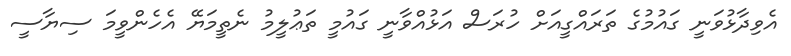
އެވިދާޅުވަނީ ގައުމުގެ ތަރައްގީއަށް ހުރަސް އަޅުއްވާނީ ގައުމީ ތަޢުލީމު ނެތީމަޔޭ އެހެންވީމަ ސިޔާސީ